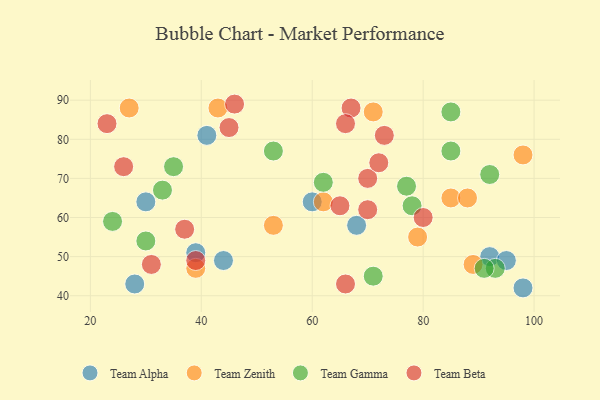
{"axis": {"x": "GDP", "y": "Life Expectancy"}, "legend": ["Team Alpha", "Team Beta", "Team Gamma", "Team Zenith"], "data": [{"x": "39", "y": 51, "type": "Team Alpha"}, {"x": "44", "y": 49, "type": "Team Alpha"}, {"x": "60", "y": 64, "type": "Team Alpha"}, {"x": "30", "y": 64, "type": "Team Alpha"}, {"x": "92", "y": 50, "type": "Team Alpha"}, {"x": "95", "y": 49, "type": "Team Alpha"}, {"x": "41", "y": 81, "type": "Team Alpha"}, {"x": "98", "y": 42, "type": "Team Alpha"}, {"x": "28", "y": 43, "type": "Team Alpha"}, {"x": "68", "y": 58, "type": "Team Alpha"}, {"x": "62", "y": 64, "type": "Team Zenith"}, {"x": "43", "y": 88, "type": "Team Zenith"}, {"x": "39", "y": 47, "type": "Team Zenith"}, {"x": "27", "y": 88, "type": "Team Zenith"}, {"x": "89", "y": 48, "type": "Team Zenith"}, {"x": "85", "y": 65, "type": "Team Zenith"}, {"x": "98", "y": 76, "type": "Team Zenith"}, {"x": "53", "y": 58, "type": "Team Zenith"}, {"x": "88", "y": 65, "type": "Team Zenith"}, {"x": "79", "y": 55, "type": "Team Zenith"}, {"x": "71", "y": 87, "type": "Team Zenith"}, {"x": "24", "y": 59, "type": "Team Gamma"}, {"x": "92", "y": 71, "type": "Team Gamma"}, {"x": "35", "y": 73, "type": "Team Gamma"}, {"x": "71", "y": 45, "type": "Team Gamma"}, {"x": "62", "y": 69, "type": "Team Gamma"}, {"x": "85", "y": 87, "type": "Team Gamma"}, {"x": "93", "y": 47, "type": "Team Gamma"}, {"x": "33", "y": 67, "type": "Team Gamma"}, {"x": "85", "y": 77, "type": "Team Gamma"}, {"x": "53", "y": 77, "type": "Team Gamma"}, {"x": "30", "y": 54, "type": "Team Gamma"}, {"x": "78", "y": 63, "type": "Team Gamma"}, {"x": "77", "y": 68, "type": "Team Gamma"}, {"x": "91", "y": 47, "type": "Team Gamma"}, {"x": "70", "y": 70, "type": "Team Beta"}, {"x": "70", "y": 62, "type": "Team Beta"}, {"x": "65", "y": 63, "type": "Team Beta"}, {"x": "66", "y": 43, "type": "Team Beta"}, {"x": "80", "y": 60, "type": "Team Beta"}, {"x": "23", "y": 84, "type": "Team Beta"}, {"x": "67", "y": 88, "type": "Team Beta"}, {"x": "72", "y": 74, "type": "Team Beta"}, {"x": "39", "y": 49, "type": "Team Beta"}, {"x": "31", "y": 48, "type": "Team Beta"}, {"x": "26", "y": 73, "type": "Team Beta"}, {"x": "45", "y": 83, "type": "Team Beta"}, {"x": "66", "y": 84, "type": "Team Beta"}, {"x": "73", "y": 81, "type": "Team Beta"}, {"x": "37", "y": 57, "type": "Team Beta"}, {"x": "46", "y": 89, "type": "Team Beta"}]}